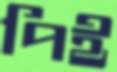
পিই